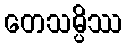
တေသမ္ပိဿ